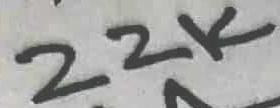
Text: 22K